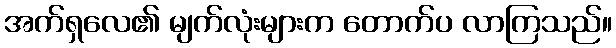
အက်ရှလေ၏ မျက်လုံးများက တောက်ပ လာကြသည်။